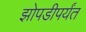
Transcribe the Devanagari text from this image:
झोपडीपर्यंत